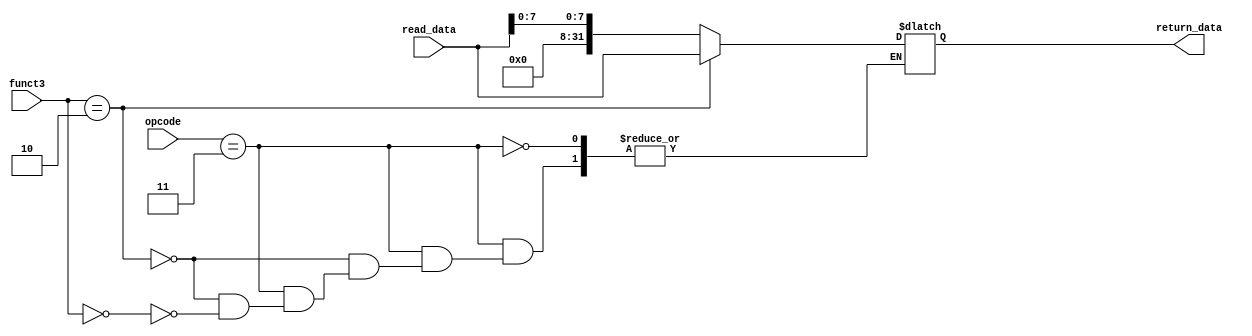
module mem_read_data (read_data,opcode,funct3,return_data);
    input [31:0] read_data;
    input [6:0] opcode;
    input [2:0] funct3;
    output reg [31:0] return_data;
    always @(funct3 or opcode or read_data) begin
        if (opcode==7'b0000011) begin
            if (funct3==3'b010)
                return_data = read_data;
            else if (funct3==3'b000)
                return_data = {24'b0,read_data[7:0]};
        end
    end
endmodule